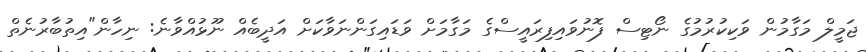
ޖަމީލް މަގާމުން ވަކިކުރުމުގެ ނޯޓިސް ފޮނުވައިފިރައީސްގެ މަގާމަށް ވަޑައިގަންނަވާކަށް އަދީބެއް ނޫޅުއްވާނެ: ނިހާން"އިތުބާރުނެތް